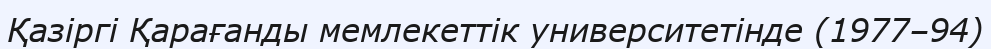
Қазіргі Қарағанды мемлекеттік университетінде (1977–94)